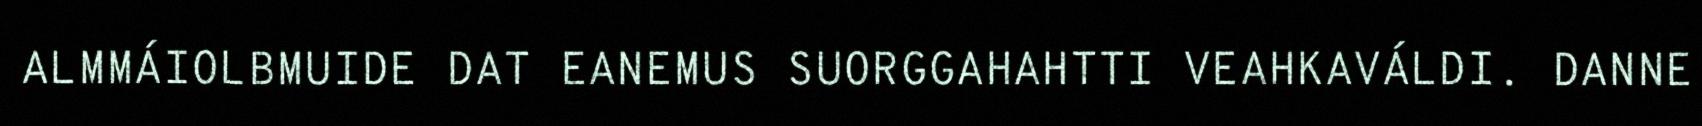
ALMMÁIOLBMUIDE DAT EANEMUS SUORGGAHAHTTI VEAHKAVÁLDI. DANNE